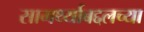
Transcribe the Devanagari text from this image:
सामर्थ्याबद्दलच्या